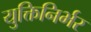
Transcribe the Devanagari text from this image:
युक्तिनिर्भर